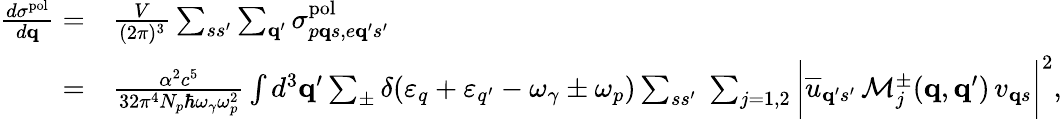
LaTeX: \begin{array}{rl}{\frac{d\sigma^{\mathrm{pol}}}{d{\mathbf q}}=}&{\frac{V}{(2\pi)^{3}}\sum_{ss^{\prime}}\sum_{{\mathbf q}^{\prime}}\sigma_{p{\mathbf q}s,e{\mathbf q}^{\prime}s^{\prime}}^{\mathrm{pol}}}\\ {=}&{\frac{\alpha^{2}c^{5}}{32\pi^{4}N_{p}\hbar\omega_{\gamma}\omega_{p}^{2}}\int d^{3}{\mathbf q}^{\prime}\sum_{\pm}\delta(\varepsilon_{q}+\varepsilon_{q^{\prime}}-\omega_{\gamma}\pm\omega_{p})\sum_{ss^{\prime}}\; \sum_{j=1,2}\bigg|\overline{{u}}_{{\mathbf q}^{\prime}s^{\prime}}\, \mathcal{M}_{j}^{\pm}({\mathbf q},{\mathbf q}^{\prime})\, v_{{\mathbf q}s}\bigg|^{2},}\end{array}